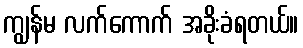
ကျွန်မ လက်ကောက် အခိုးခံရတယ်။